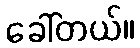
ခေါ်တယ်။